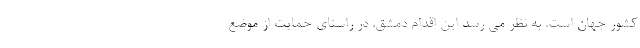
کشور جهان است. به نظر می رسد این اقدام دمشق، در راستای حمایت از موضع